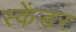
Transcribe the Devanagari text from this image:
स्केंडर